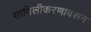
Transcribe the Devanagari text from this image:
सामिलीकरणावरून